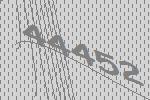
44452